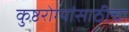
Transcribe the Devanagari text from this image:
कुष्ठरोग्यांसाठीचा